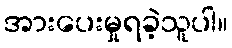
အားပေးမှုရခဲ့သူပါ။